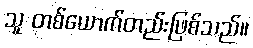
သူ တစ်ယောက်တည်းဖြစ်သည်။